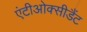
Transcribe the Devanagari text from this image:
एंटीओक्सीडैंट